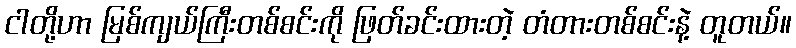
ငါတို့ဟာ မြစ်ကျယ်ကြီးတစ်စင်းကို ဖြတ်ခင်းထားတဲ့ တံတားတစ်စင်းနဲ့ တူတယ်။